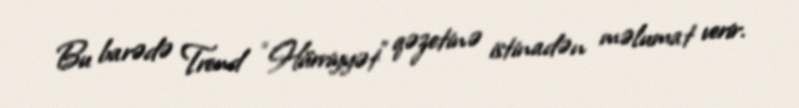
Bu barədə Trend “Hürriyyət” qəzetinə istinadən məlumat verir.